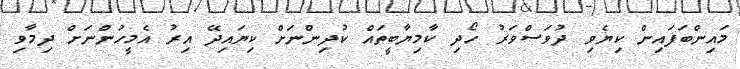
މައިންބަފައިން ކިޔެވި ދުވަސްވަރު ހޯދި ކާމިޔާބީތައް ކުދިންނަށް ކިޔައިދޭ އިރު އެމީހުންނަށް ދިމާވި